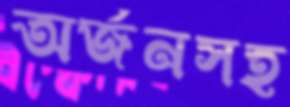
অর্জনসহ